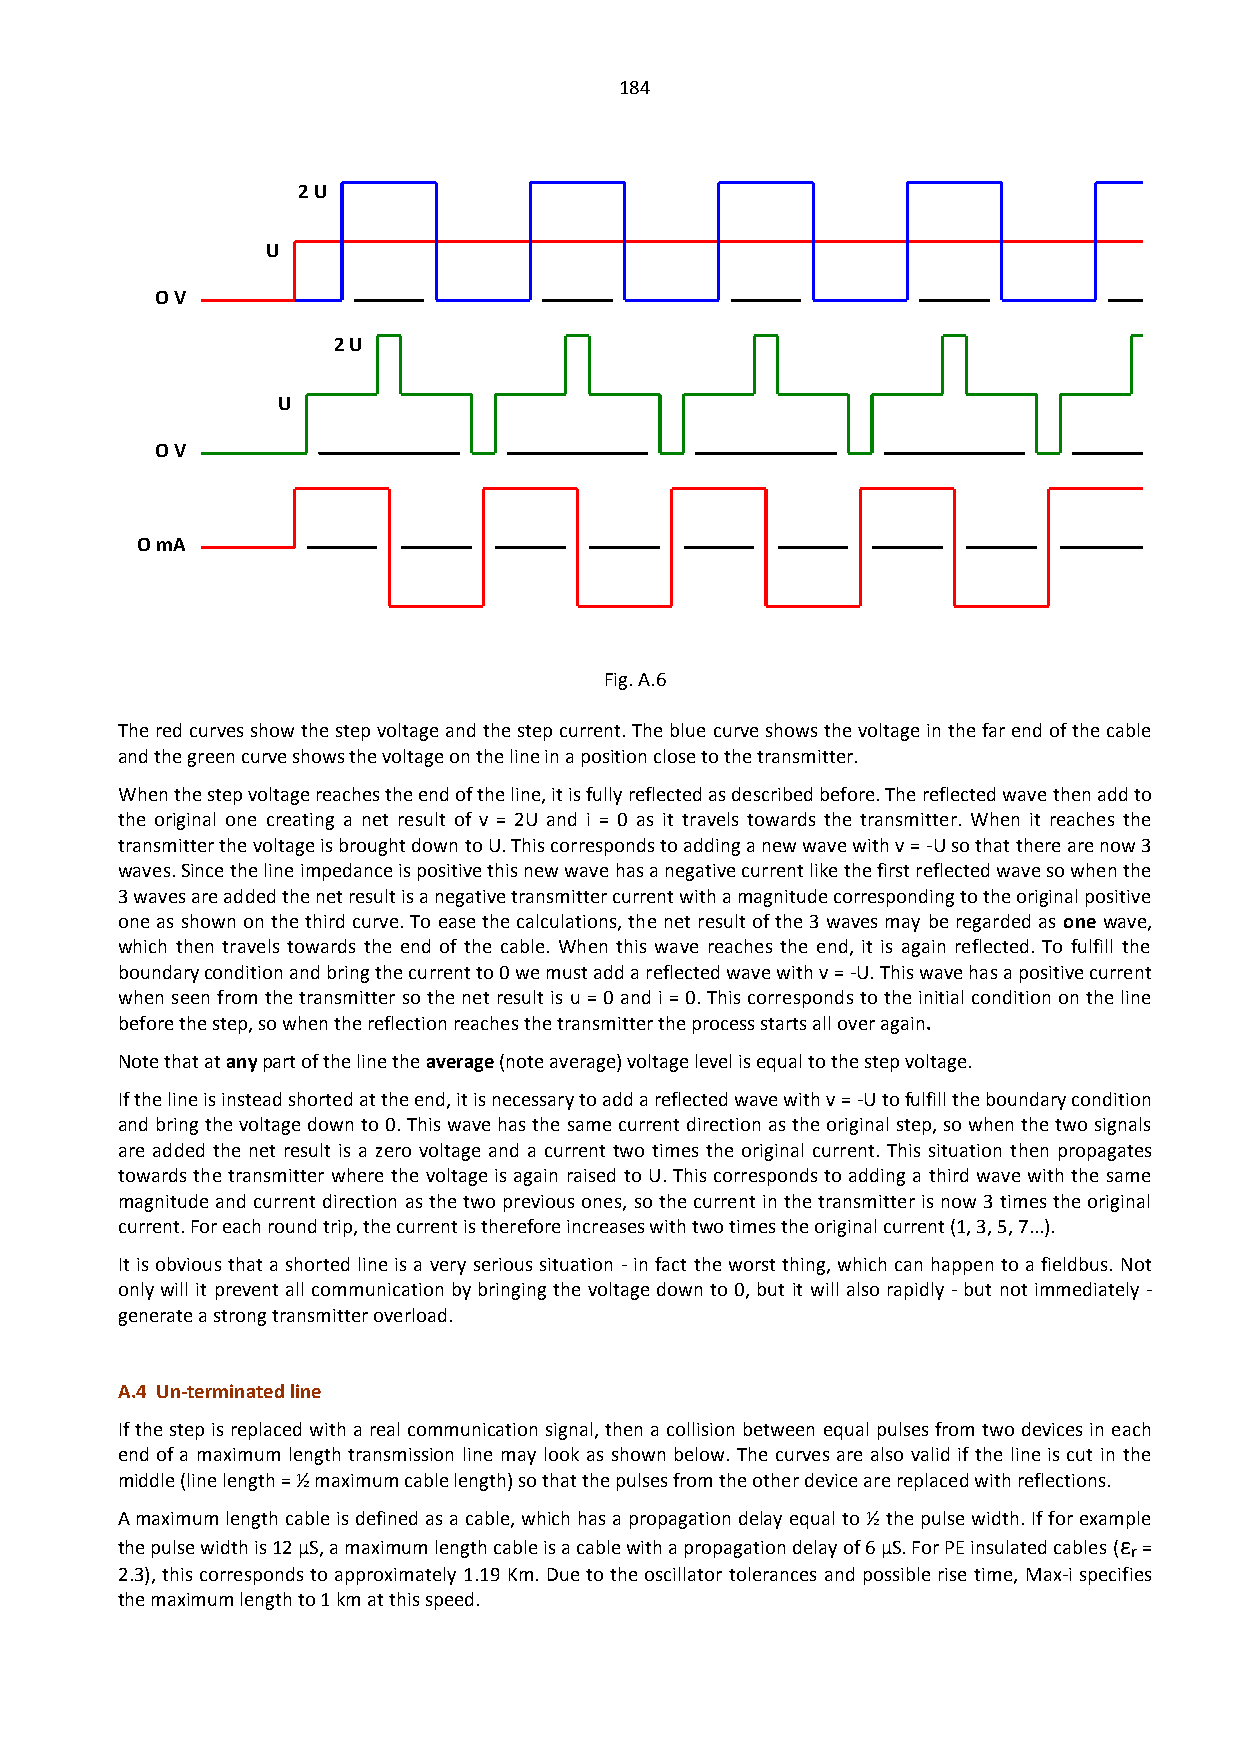
184
 2 U
 U
 O V
 2 U
 U
 O V
 O mA
 Fig. A.6
 The red curves show the step voltage and the step current. The blue curve shows the voltage in the far end of the cable
 and the green curve shows the voltage on the line in a position close to the transmitter.
 When the step voltage reaches the end of the line, it is fully reflected as described before. The reflected wave then add to
 the original one creating a net result of v = 2U and i = 0 as it travels towards the transmitter. When it reaches the
 transmitter the voltage is brought down to U. This corresponds to adding a new wave with v = -U so that there are now 3
 waves. Since the line impedance is positive this new wave has a negative current like the first reflected wave so when the
 3 waves are added the net result is a negative transmitter current with a magnitude corresponding to the original positive
 one as shown on the third curve. To ease the calculations, the net result of the 3 waves may be regarded as one wave,
 which then travels towards the end of the cable. When this wave reaches the end, it is again reflected. To fulfill the
 boundary condition and bring the current to 0 we must add a reflected wave with v = -U. This wave has a positive current
 when seen from the transmitter so the net result is u = 0 and i = 0. This corresponds to the initial condition on the line
 before the step, so when the reflection reaches the transmitter the process starts all over again.
 Note that at any part of the line the average (note average) voltage level is equal to the step voltage.
 If the line is instead shorted at the end, it is necessary to add a reflected wave with v = -U to fulfill the boundary condition
 and bring the voltage down to 0. This wave has the same current direction as the original step, so when the two signals
 are added the net result is a zero voltage and a current two times the original current. This situation then propagates
 towards the transmitter where the voltage is again raised to U. This corresponds to adding a third wave with the same
 magnitude and current direction as the two previous ones, so the current in the transmitter is now 3 times the original
 current. For each round trip, the current is therefore increases with two times the original current (1, 3, 5, 7...).
 It is obvious that a shorted line is a very serious situation - in fact the worst thing, which can happen to a fieldbus. Not
 only will it prevent all communication by bringing the voltage down to 0, but it will also rapidly - but not immediately -
 generate a strong transmitter overload.
 A.4 Un-terminated line
 If the step is replaced with a real communication signal, then a collision between equal pulses from two devices in each
 end of a maximum length transmission line may look as shown below. The curves are also valid if the line is cut in the
 middle (line length = ½ maximum cable length) so that the pulses from the other device are replaced with reflections.
 A maximum length cable is defined as a cable, which has a propagation delay equal to ½ the pulse width. If for example
 the pulse width is 12 µS, a maximum length cable is a cable with a propagation delay of 6 µS. For PE insulated cables (ε r =
 2.3), this corresponds to approximately 1.19 Km. Due to the oscillator tolerances and possible rise time, Max-i specifies
 the maximum length to 1 km at this speed.